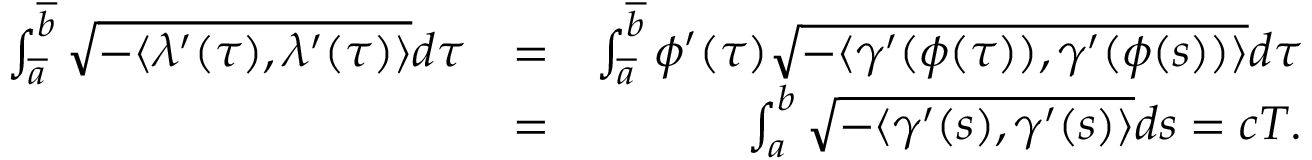
\begin{array} { r l r } { \int _ { \overline { { a } } } ^ { \overline { { b } } } \sqrt { - \langle \lambda ^ { \prime } ( \tau ) , \lambda ^ { \prime } ( \tau ) \rangle } d \tau } & { = } & { \int _ { \overline { { a } } } ^ { \overline { { b } } } \phi ^ { \prime } ( \tau ) \sqrt { - \langle \gamma ^ { \prime } ( \phi ( \tau ) ) , \gamma ^ { \prime } ( \phi ( s ) ) \rangle } d \tau } \\ & { = } & { \int _ { a } ^ { b } \sqrt { - \langle \gamma ^ { \prime } ( s ) , \gamma ^ { \prime } ( s ) \rangle } d s = c T . } \end{array}